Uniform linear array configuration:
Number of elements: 16
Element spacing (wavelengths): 1
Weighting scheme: blackman
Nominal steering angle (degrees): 15
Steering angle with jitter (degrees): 15.883
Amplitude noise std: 0.05
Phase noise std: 0.05

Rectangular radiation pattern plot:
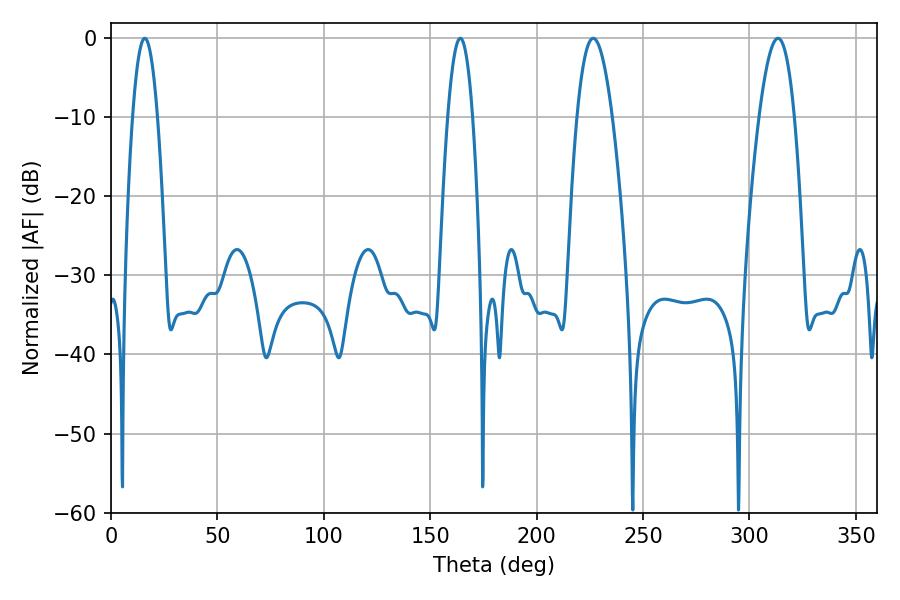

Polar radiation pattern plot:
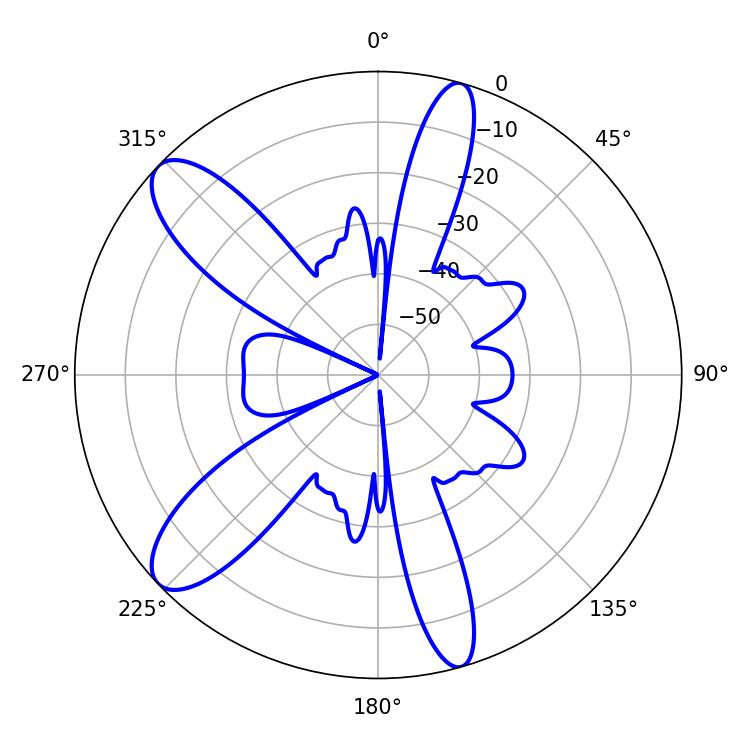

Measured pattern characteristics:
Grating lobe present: TRUE
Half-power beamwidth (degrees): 9
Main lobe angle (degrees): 226.62